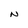
Character: N